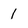
Character: 1